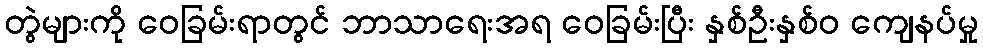
တွဲများကို ဝေခြမ်းရာတွင် ဘာသာရေးအရ ဝေခြမ်းပြီး နှစ်ဦးနှစ်ဝ ကျေနပ်မှု